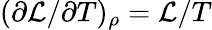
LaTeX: (\partial\mathcal{L}/\partial T)_{\rho}=\mathcal{L}/T